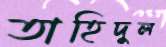
তাহিদুল